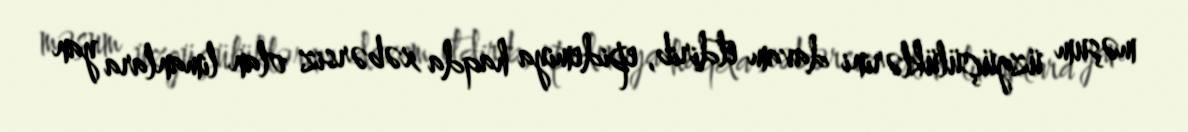
məşum üzgüçülüklərini davam etdirib, epidemiya haqda xəbərsiz olan limanlara yan